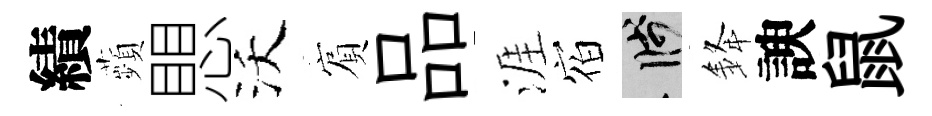
績蘋愳沃賔品涯𪧐箋𨦟諛鼠